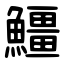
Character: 䲔